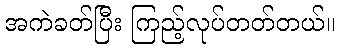
အကဲခတ်ပြီး ကြည့်လုပ်တတ်တယ်။